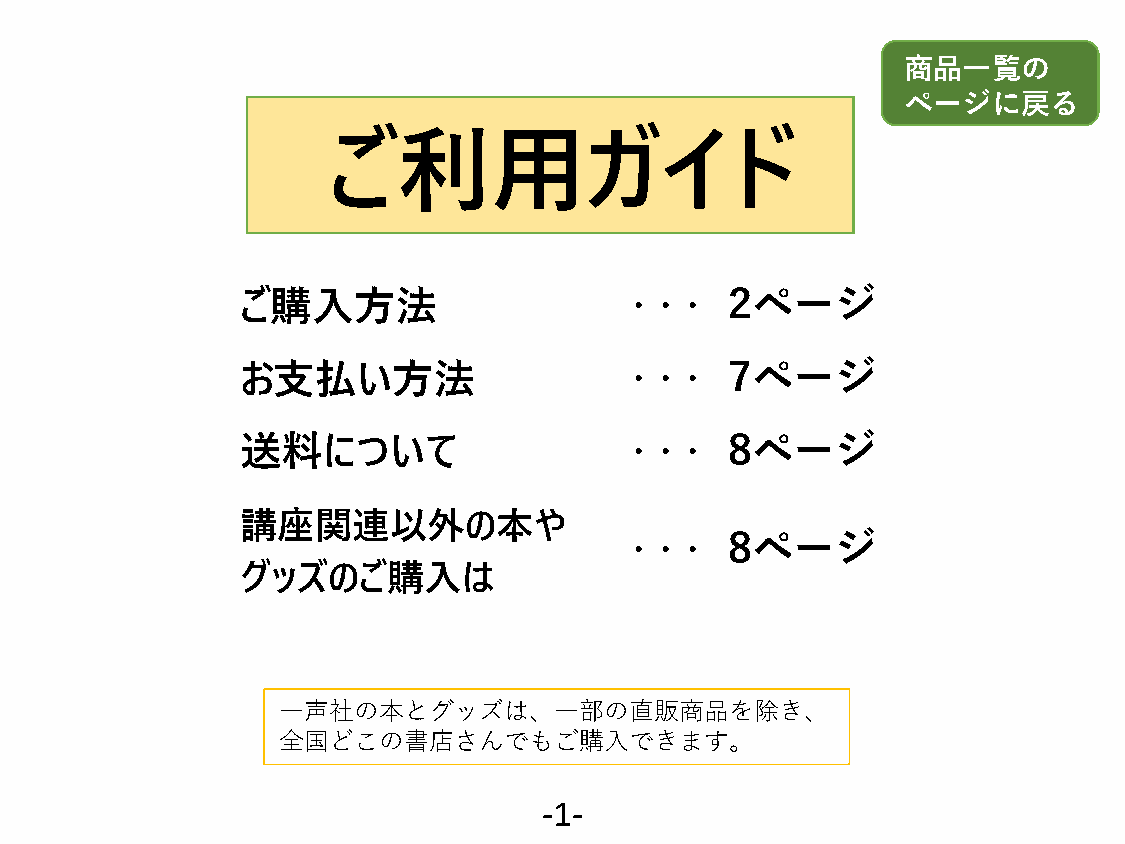
商品一覧の
 ページに戻る
 ご利用ガイド
 ご購入方法                    ・・・    2ページ
 お支払い方法                   ・・・    7ページ
 送料について                   ・・・    8ページ
 講座関連以外の本や
 ・・・    8ページ
 グッズのご購入は
 一声社の本とグッズは、一部の直販商品を除き、
 全国どこの書店さんでもご購入できます。
 -1-